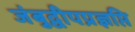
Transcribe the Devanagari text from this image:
जंबुद्वीपप्रज्ञप्ति